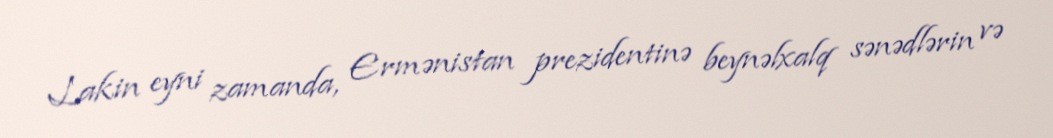
Lakin eyni zamanda, Ermənistan prezidentinə beynəlxalq sənədlərin və